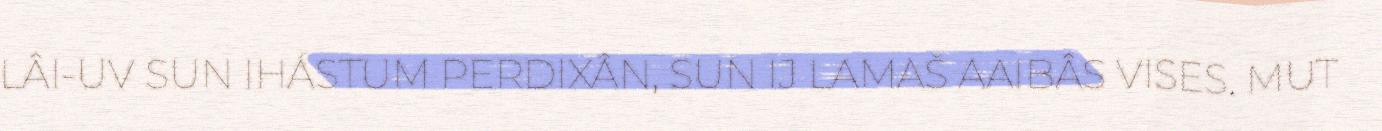
LÂI-UV SUN IHÁSTUM PERDIXÂN, SUN IJ LAMAŠ AAIBÂS VISES. MUT